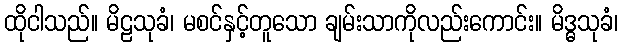
ထိုငါသည်။ မိဠသုခံ၊ မစင်နှင့်တူသော ချမ်းသာကိုလည်းကောင်း။ မိဒ္ဓသုခံ၊